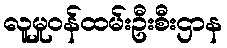
လူမှုဝန်ထမ်းဦးစီးဌာန